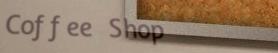
Coffee Shop